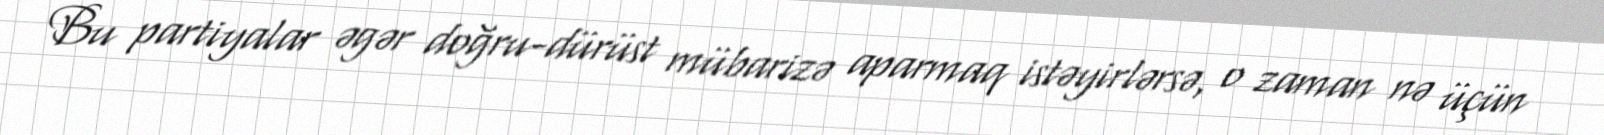
Bu partiyalar əgər doğru-dürüst mübarizə aparmaq istəyirlərsə, o zaman nə üçün